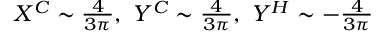
\begin{array} { r } { X ^ { C } \sim \frac { 4 } { 3 \pi } , \, \, Y ^ { C } \sim \frac { 4 } { 3 \pi } , \, \, Y ^ { H } \sim - \frac { 4 } { 3 \pi } } \end{array}